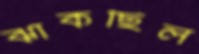
ঝাঁকছিল